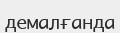
демалғанда